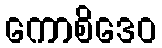
ကောစိဒေဝ